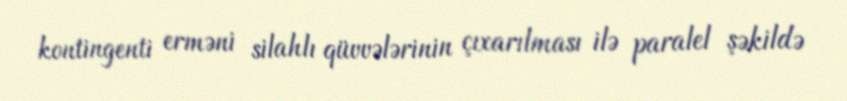
kontingenti erməni silahlı qüvvələrinin çıxarılması ilə paralel şəkildə